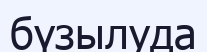
бүзылуда